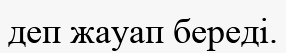
деп жауап береді.